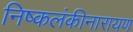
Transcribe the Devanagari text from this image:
निष्कलंकीनारायण